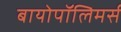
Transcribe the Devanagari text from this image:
बायोपॉलिमर्स